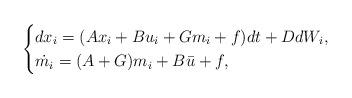
LaTeX: \begin{align*}\begin{cases}dx_i=( A x_i +Bu_i+G m_i +f ) dt +DdW_i,\\\dot{m_i}= (A +G)m_i +B \bar u+ f ,\end{cases} \end{align*}